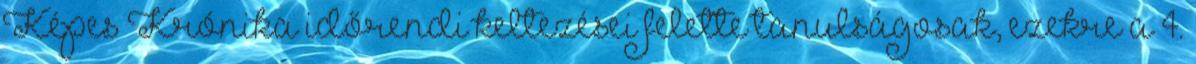
Képes Krónika időrendi keltezései felette tanulságosak, ezekre a 4.